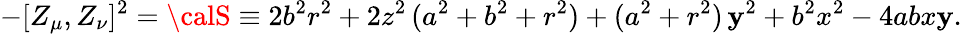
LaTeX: -[Z_{\mu},Z_{\nu}]^{2}={\calS}\equiv2b^{2}r^{2}+2z^{2}\, (a^{2}+b^{2}+r^{2})+(a^{2}+r^{2})\, \mathbf{y}^{2}+b^{2}x^{2}-4abx\mathbf{y}.